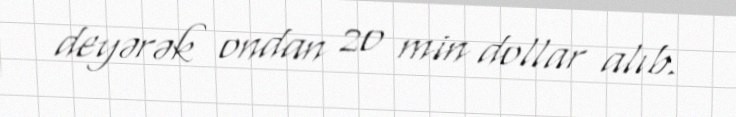
deyərək ondan 20 min dollar alıb.